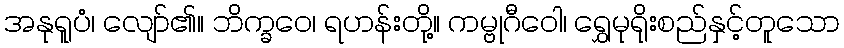
အနုရူပံ၊ လျော်၏။ ဘိက္ခဝေ၊ ရဟန်းတို့။ ကမ္ဗုဂီဝေါ၊ ရွှေမုရိုးစည်နှင့်တူသော